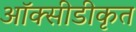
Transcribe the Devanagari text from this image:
ऑक्सीडीकृत